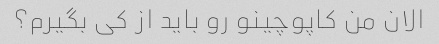
الان من کاپوچینو رو باید از کی بگیرم؟